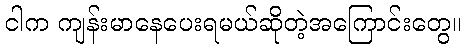
ငါက ကျန်းမာနေပေးရမယ်ဆိုတဲ့အကြောင်းတွေ။